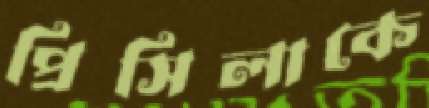
প্রিসিলাকে